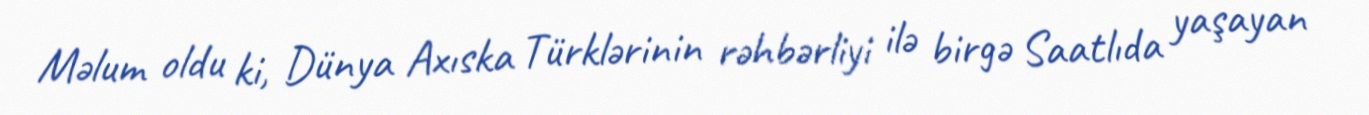
Məlum oldu ki, Dünya Axıska Türklərinin rəhbərliyi ilə birgə Saatlıda yaşayan